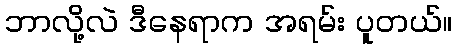
ဘာလို့လဲ ဒီနေရာက အရမ်း ပူတယ်။